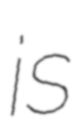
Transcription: is